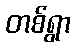
တစ်ရွာ